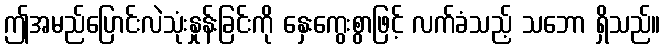
ဤအမည်ပြောင်းလဲသုံးနှုန်းခြင်းကို နှေးကွေးစွာဖြင့် လက်ခံသည့် သဘော ရှိသည်။